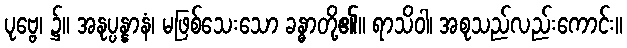
ပုဗ္ဗေ၊ ၌။ အနုပ္ပန္နာနံ၊ မဖြစ်သေးသော ခန္ဓာတို့၏။ ရာသိဝါ၊ အစုသည်လည်းကောင်း။